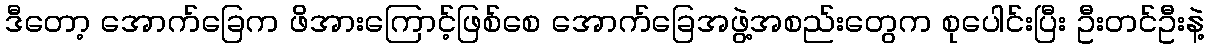
ဒီတော့ အောက်ခြေက ဖိအားကြောင့်ဖြစ်စေ အောက်ခြေအဖွဲ့အစည်းတွေက စုပေါင်းပြီး ဦးတင်ဦးနဲ့